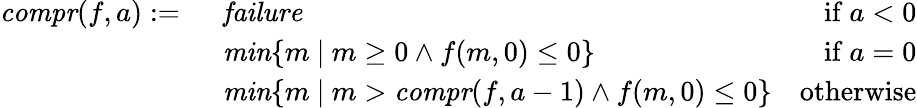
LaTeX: \begin{array}{rlr}{\mathit{compr}(f,a):=\ }&{\mathit{failure}}&{\mathrm{if~}a<0}\\ &{\mathit{min}\lbrace m\ |\ m\geq 0\wedge f(m,0)\leq 0\rbrace}&{\mathrm{if~}a=0}\\ &{\mathit{min}\lbrace m\ |\ m>\mathit{compr}(f,a-1)\wedge f(m,0)\leq 0\rbrace}&{\mathrm{otherwise}}\end{array}